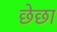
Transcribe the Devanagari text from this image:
छेछा